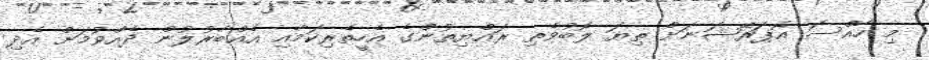
މި ހާއްސަ އޮޕަރޭޝަނަށް ތިޔަ ލޮބުވެތި ރައްޔިތުންގެ އެހީތެރިކަމާއި އެއްބާރުލުން ދެއްވުމަށް އެދި